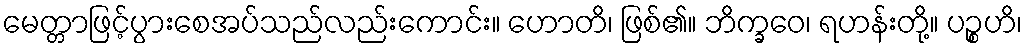
မေတ္တာဖြင့်ပွားစေအပ်သည်လည်းကောင်း။ ဟောတိ၊ ဖြစ်၏။ ဘိက္ခဝေ၊ ရဟန်းတို့။ ပဉ္စဟိ၊